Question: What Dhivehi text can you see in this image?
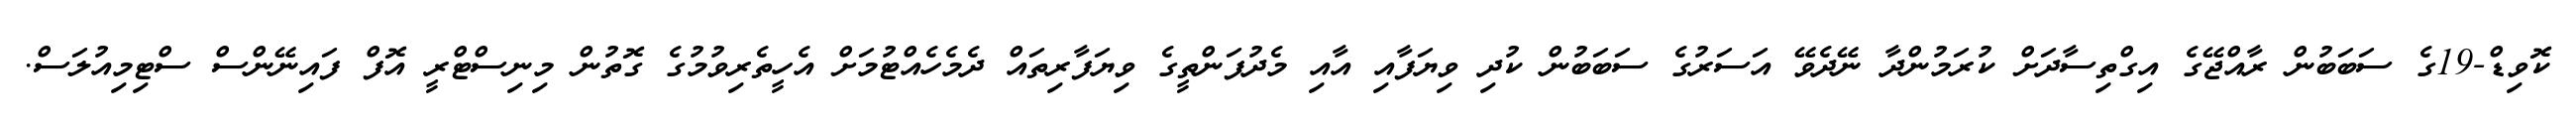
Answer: ކޮވިޑް-19ގެ ސަބަބުން ރާއްޖޭގެ އިގްތިސާދަށް ކުރަމުންދާ ނޭދެވޭ އަސަރުގެ ސަބަބުން ކުދި ވިޔަފާއި އާއި މެދުފަންތީގެ ވިޔަފާރިތައް ދެމެހެއްޓުމަށް އެހީތެރިވުމުގެ ގޮތުން މިނިސްޓްރީ އޮފް ފައިނޭންސް ސްޓިމިއުލަސް.